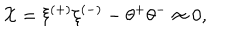
{ \cal X } = \xi ^ { ( + ) } \xi ^ { ( - ) } - \theta ^ { + } \theta ^ { - } \approx 0 ,